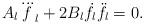
LaTeX: \begin{align*} A_l\dddot f_l+2B_l\dot f_l\ddot f_l=0.\end{align*}